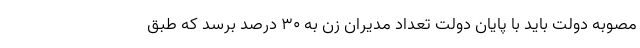
مصوبه دولت باید با پایان دولت تعداد مدیران زن به ۳۰ درصد برسد که طبق